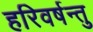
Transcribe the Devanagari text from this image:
हरिवर्षन्तु